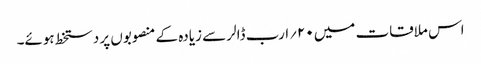
اس ملاقات میں ۲۰؍ارب ڈالر سے زیادہ کے منصوبوں پر دستخط ہوئے۔